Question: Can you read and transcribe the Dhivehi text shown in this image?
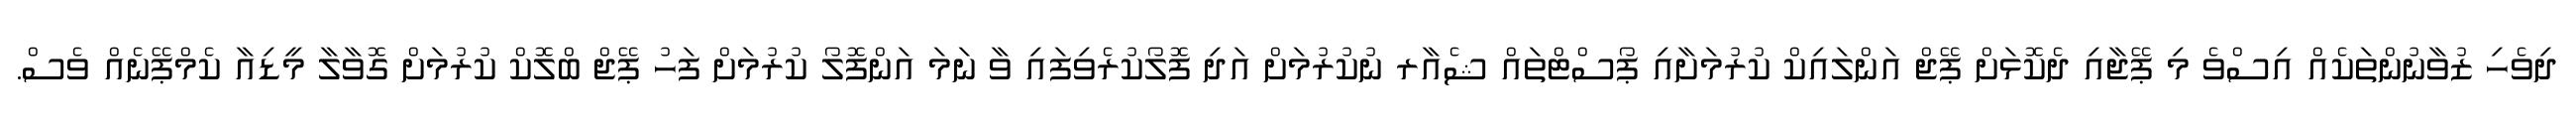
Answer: ދިވެހި ޒުވާނުންތަކެއް އިސްވެ މި ޕޭޖާއި ދެކޮޅަށް ޕޭޖް އަންލައިކް ކުރުމަށާއި ޕޯސްޓްތައް ޝެއާރ ނުކުރުމަށް އަދި ފޮލޯކުރެވިފައި ވާ ނަމަ އަންފޮލޯ ކުރުމަށް ފަހު ޕޭޖް ބްލޮކް ކުރުމަށް ގޮވާލާ މީޑިއާ ކެމްޕޭނެއް ވެސް.